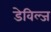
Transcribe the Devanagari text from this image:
डेविल्ज